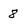
Character: 8